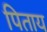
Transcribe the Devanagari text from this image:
पिताय